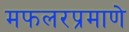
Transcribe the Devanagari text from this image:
मफलरप्रमाणे